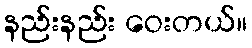
နည်းနည်း ဝေးတယ်။